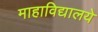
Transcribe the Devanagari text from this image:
माहाविद्यालये